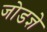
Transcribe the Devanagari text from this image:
जोडज्ञे